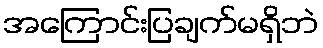
အကြောင်းပြချက်မရှိဘဲ